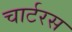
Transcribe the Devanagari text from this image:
चार्टरस